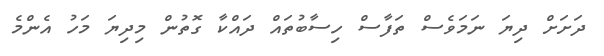
ދަށަށް ދިޔަ ނަމަވެސް ތަފާސް ހިސާބުތައް ދައްކާ ގޮތުން މިދިޔަ މަހު އެންމެ